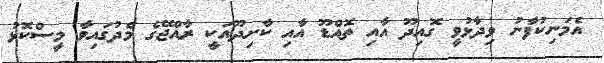
އެމަނިކުފާނު ވިދާޅުވީ ގޮއިދޫ އާއި ތޮއްޑޫ އާއި ކާށިދޫއަކީ ރާއްޖޭގެ މެދުގައިވާ މީސްކޮޅު